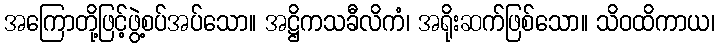
အကြောတို့ဖြင့်ဖွဲ့စပ်အပ်သော။ အဋ္ဌိကသခီလိကံ၊ အရိုးဆက်ဖြစ်သော။ သိဝထိကာယ၊